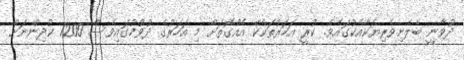
ދުވާނީ ބެލެނިވެރިޔަކާއެކުގައެވެ. ކުރީ އަހަރުތަކެކޭ އެއްގޮތަށް މި އަހަރުގެ ދުވުމުގައިވެސް 1200 ކުދިންނަށް